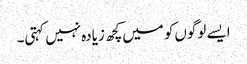
ایسے لوگوں‌کو میں‌کچھ زیادہ نہیں کہتی۔